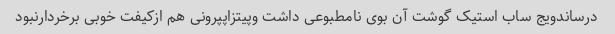
درساندویج ساب استیک گوشت آن بوی نامطبوعی داشت وپیتزاپپرونی هم ازکیفت خوبی برخردارنبود